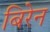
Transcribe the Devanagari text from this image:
बिरेन